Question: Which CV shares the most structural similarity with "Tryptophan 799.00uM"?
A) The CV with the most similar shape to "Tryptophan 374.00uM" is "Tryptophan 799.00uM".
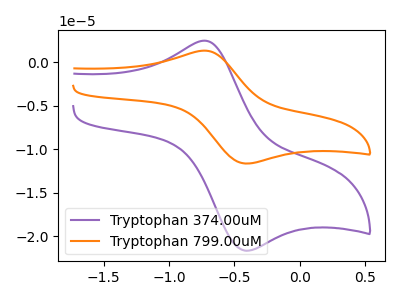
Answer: <think>The purple curve "Tryptophan 374.00uM" has an anodic peak at (-0.70V, 2.45uA) and a cathodic peak at (-0.40V, -21.70uA). The orange curve "Tryptophan 799.00uM" has an anodic peak at (-0.70V, 1.35uA) and a cathodic peak at (-0.40V, -11.65uA).
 All the peaks in "Tryptophan 374.00uM" have a peak in "Tryptophan 799.00uM" at the same potential. Every peak in "Tryptophan 374.00uM" is higher than every peak in "Tryptophan 799.00uM".</think>
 <answer>A) The CV with the most similar shape to "Tryptophan 374.00uM" is "Tryptophan 799.00uM".</answer>
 <eval>A</eval>